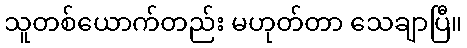
သူတစ်ယောက်တည်း မဟုတ်တာ သေချာပြီ။